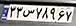
۳۳س۷۸۹۶۷